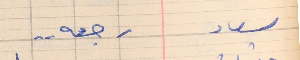
سعاد    رجعه . .